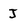
Character: J